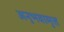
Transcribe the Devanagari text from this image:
अनुभवामृत्त